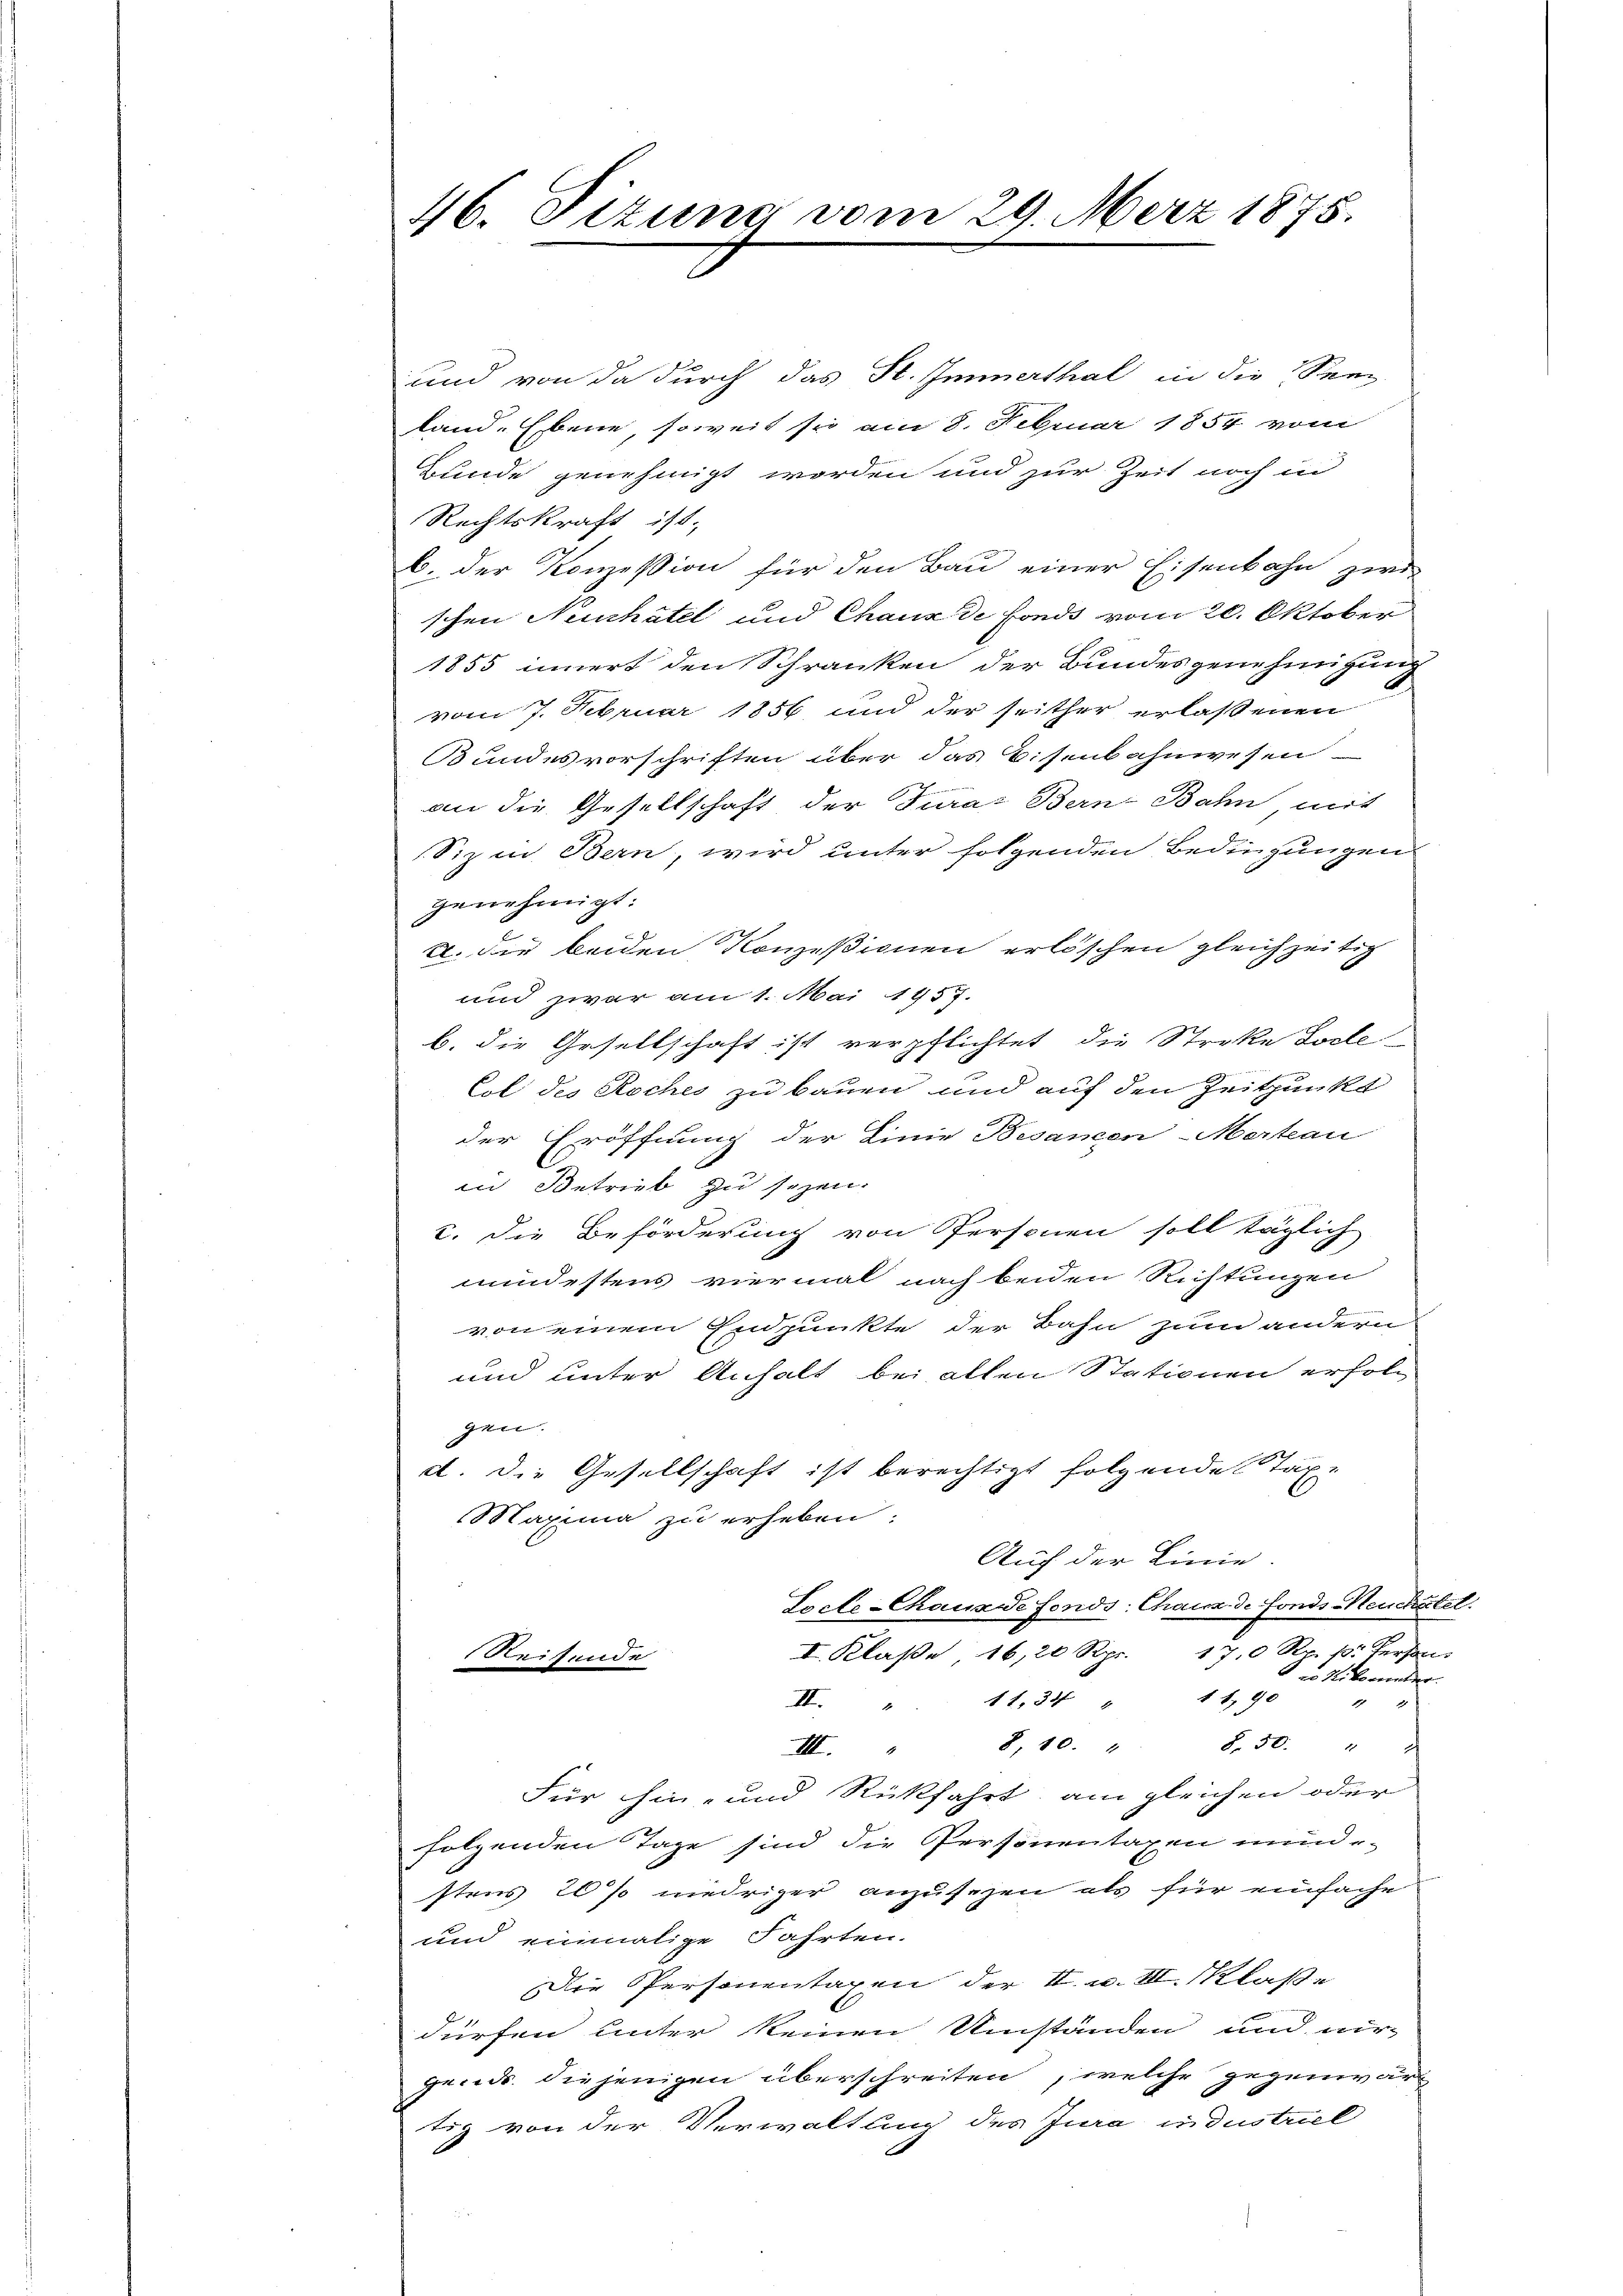
46. Sizung von

29. März 1875.

und von da durch das St. Immerthal in die Ser-
land. Ebene, soweit sie am 8. Februar 1854 vom
Gunde genehmigt worden und zur Zeit noch in
Rechtskraft ist,
b. der Konzession für den Bau einer Eisenbahn zer
schen Neuchâtel und Chaux de fonds vom 20. Oktober
1855 innert den Schranken der Bundesgenehmigung
vom 7. Februar 1856 und der seither erlassenen
Bundesvorschriften über das Eisenbahnwesen
an die Gesellschaft der Juras Bern-Bahn mit
Siz in Bern, wird unter folgenden Bedingungen
genehmigt:
u. die beiden Konzessionen erlöschen gleichzeitig
und zwar am 1. Mai 1957.
b. die Gesellschaft ist verpflichtet, die Streke Tode
Cot des Roches zu bauen und auf den Zeitpunkt
der Eröffnung der Linie Besanzen-Merkau
in Betrieb zu sezen.
2. die Beförderung von Personen soll täglich
mindestens viermal nach beiden Richtungen
von einem Endpunkte der Bahn zum andern
und unter Anhalt bei allen Stationen erfolgen.
d. Die Gesellschaft ist berechtigt folgende Taxe
Maxima zu erheben.
Auch der Linie
Locte-Chausse fonds Chaux de Fonds Neuchatel
I. Klaße, 16,20 Rpr. 170 Rp. 18. Person
Reisende
2 in Nikorunter.
II. "   11, 34 " 11,90
e
8, 10.
S. 50. " 2
III.
Für hin- und Rückfahrt, am gleichen oder
folgenden Tage sind die Personentaxen minde
stens 20% niedriger anzusehen als für einfache
und einmalige Fahrten.
Die Personentaxen der II. u. III. Klasse
dürfen unter keinen Umständen und wir
gends diejenigen überschreiten, welche gegenwärt
tig von der Verwaltung des Jura industriel